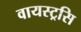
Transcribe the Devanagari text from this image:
वायस्ट्रसि